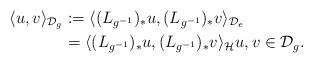
LaTeX: \begin{align*}\langle u, v \rangle_{\mathcal{D}_g} &:= \langle (L_{g^{-1}})_{\ast} u, (L_{g^{-1}})_{\ast}v\rangle_{\mathcal{D}_e}\\&= \langle (L_{g^{-1}})_{\ast}u,(L_{g^{-1}})_{\ast}v\rangle_{\mathcal{H}} u, v \in\mathcal{D}_g.\end{align*}